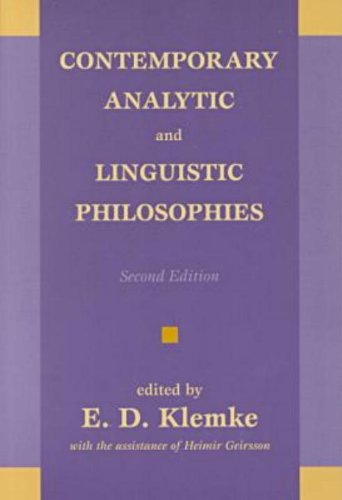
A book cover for Contemporary Analytic and Linguistic Philosophies; Politics & Social Sciences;